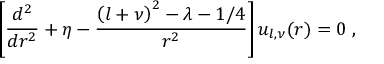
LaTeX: \left[ \frac { d ^ { 2 } } { d r ^ { 2 } } + \eta - \frac { \left( l + \nu \right) ^ { 2 } - \lambda - 1 / 4 } { r ^ { 2 } } \right] u _ { l , \nu } ( r ) = 0 \; ,